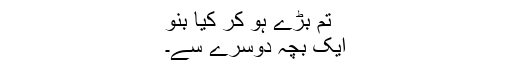
تم بڑے ہو کر کیا بنو
ایک بچہ دوسرے سے۔